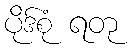
ပိုဒ်စုံ ရတု